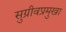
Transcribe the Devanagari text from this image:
सुग्रीवप्रमुखा